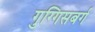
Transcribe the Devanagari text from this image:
गुग्गिसबर्ग